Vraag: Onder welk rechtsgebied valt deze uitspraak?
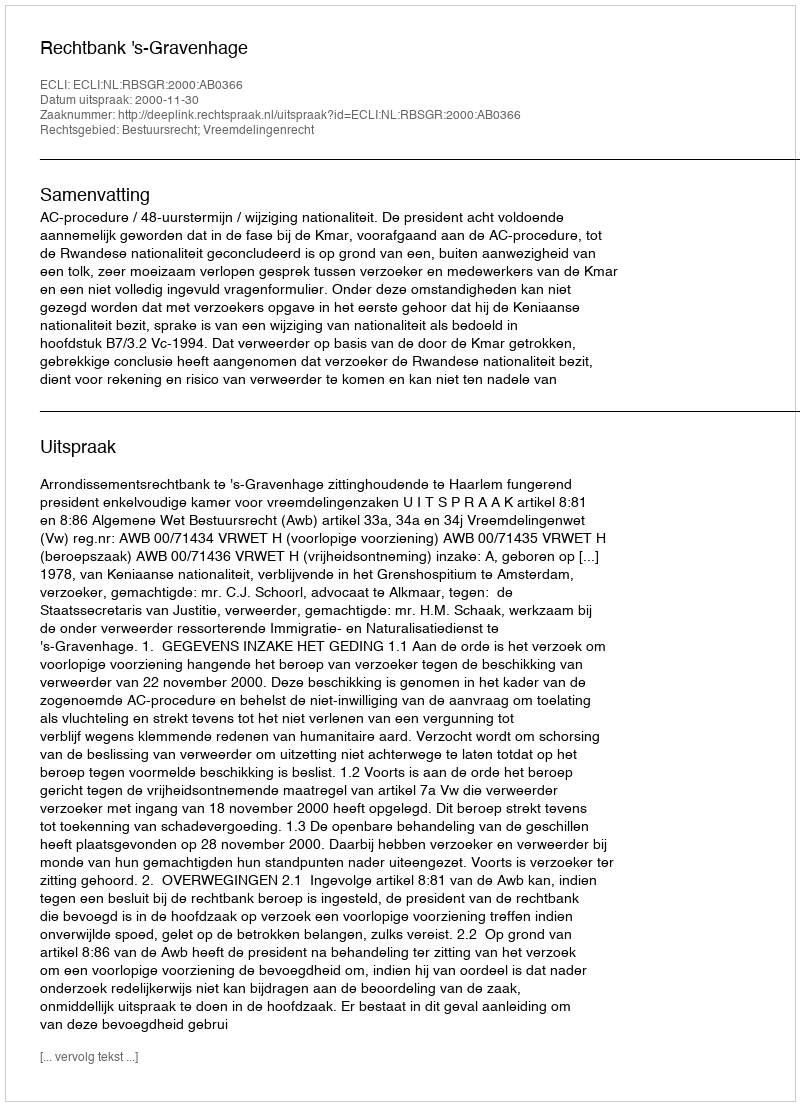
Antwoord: Bestuursrecht; Vreemdelingenrecht